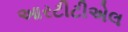
આરટીટીએલ